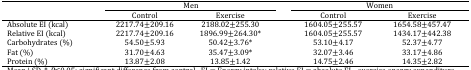
| <ROWSPAN=2>  | <COLSPAN=2> Men | <ROWSPAN=2>  | <COLSPAN=2> Women |
 | Control | Exercise | Control | Exercise |
 | --- | --- | --- | --- | --- | --- |
 | Absolute EI (kcal) | 2217.74±209.16 | 2188.02±255.30 |  | 1604.05±255.57 | 1654.58±457.47 |
 | Relative EI (kcal) | 2217.74±209.16 | 1896.99±264.30* |  | 1604.05±255.57 | 1434.17±442.38 |
 | Carbohydrates (%) | 54.50±5.93 | 50.42±3.76* |  | 53.10±4.17 | 52.37±4.77 |
 | Fat (%) | 31.70±4.63 | 35.47±3.09* |  | 32.07±3.46 | 33.17±4.86 |
 | Protein (%) | 13.87±2.08 | 13.85±1.42 |  | 14.75±2.46 | 14.35±2.82 |